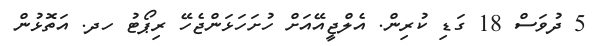
5 ދުވަސް 18 ގަޑި ކުރިން. އެލްޖީއޭއަށް ހުށަހަޅަންޖެހޭ ރިޕޯޓު ހދ. އަތޮޅުން